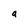
Character: a